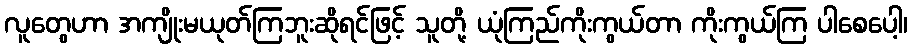
လူတွေဟာ အကျိုးမယုတ်ကြဘူးဆိုရင်ဖြင့် သူတို့ ယုံကြည်ကိုးကွယ်တာ ကိုးကွယ်ကြ ပါစေပေါ့၊